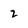
Character: 2